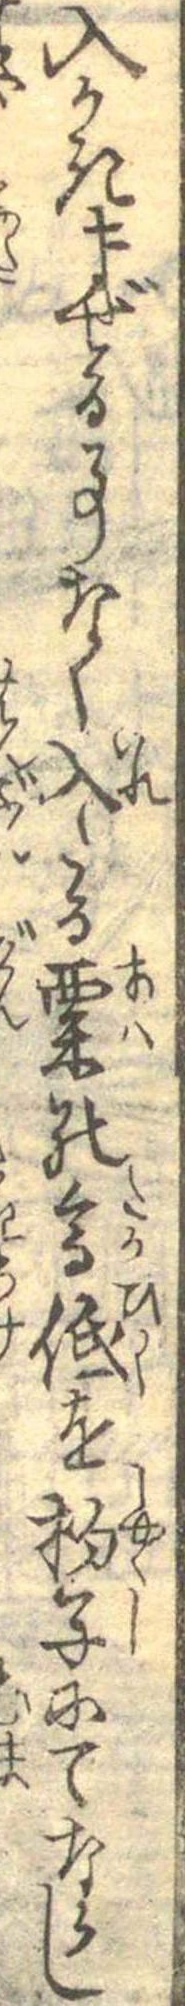
入かきまぜる事なく入たる粟の高低を杓子にてならし